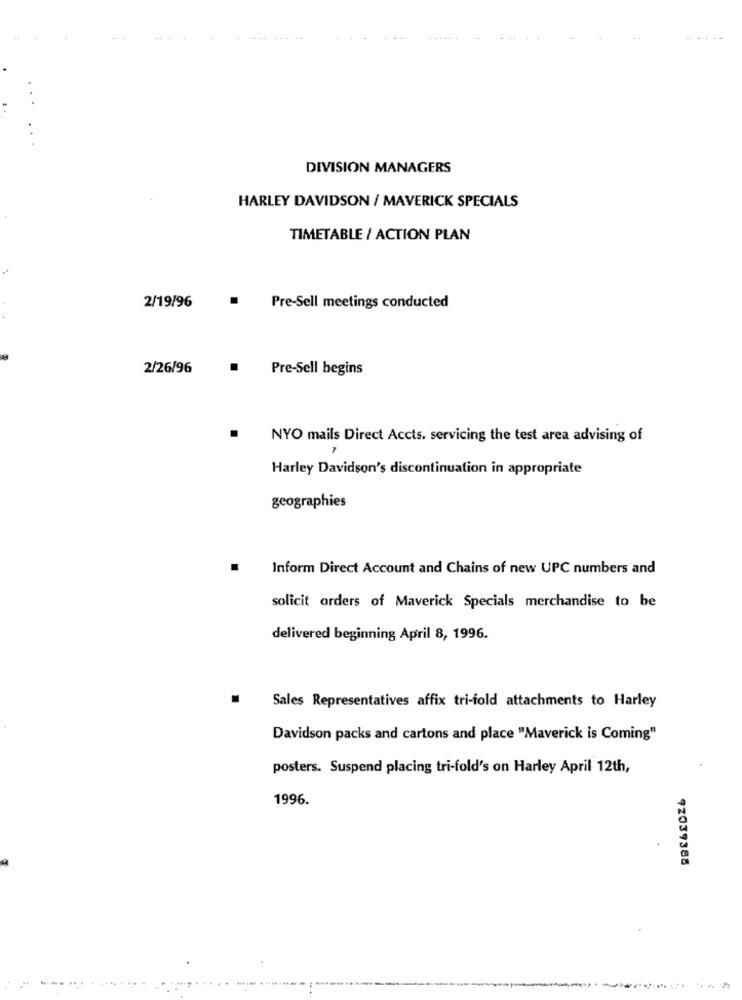
DIVISION MANAGERS
HARLEY DAVIDSON / MAVERICK SPECIALS
TIMETABLE / ACTION PLAN
.
Pre-Sell meetings conducted
2/19/96
2/26/96
.
Pre-Sell begins
NYO mails Direct Accts. servicing the test area advising of
Harley Davidson's discontinuation in appropriate
geographies
.
Inform Direct Account and Chains of new UPC numbers and
solicit orders of Maverick Specials merchandise to be
delivered beginning April 8, 1996.
.
Sales Representatives affix tri-fold attachments to Harley
Davidson packs and cartons and place "Maverick is Coming"
posters. Suspend placing tri-fold's on Harley April 12th,
1996.
92039388